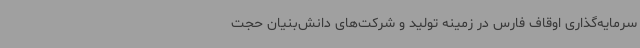
سرمایه‌گذاری اوقاف فارس در زمینه تولید و شرکت‌های دانش‌بنیان حجت‌